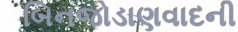
બિનજોડાણવાદની